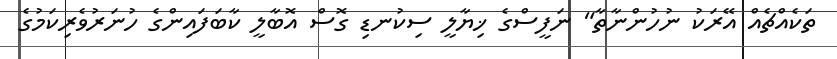
ތަކެއްޗެއް އޭރަކު ނުހުންނާތާ" ނަފީސްގެ ޚިޔާލީ ސިކުނޑި ގޮސް އޮބާލީ ކާބަފައިންގެ ހުނަރުވެރިކަމުގެ